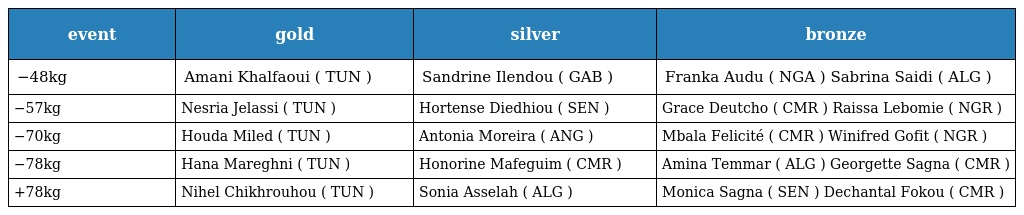
| event | gold | silver | bronze |
 | --- | --- | --- | --- |
 | −48kg | Amani Khalfaoui ( TUN ) | Sandrine Ilendou ( GAB ) | Franka Audu ( NGA ) Sabrina Saidi ( ALG ) |
 | −57kg | Nesria Jelassi ( TUN ) | Hortense Diedhiou ( SEN ) | Grace Deutcho ( CMR ) Raissa Lebomie ( NGR ) |
 | −70kg | Houda Miled ( TUN ) | Antonia Moreira ( ANG ) | Mbala Felicité ( CMR ) Winifred Gofit ( NGR ) |
 | −78kg | Hana Mareghni ( TUN ) | Honorine Mafeguim ( CMR ) | Amina Temmar ( ALG ) Georgette Sagna ( CMR ) |
 | +78kg | Nihel Chikhrouhou ( TUN ) | Sonia Asselah ( ALG ) | Monica Sagna ( SEN ) Dechantal Fokou ( CMR ) |